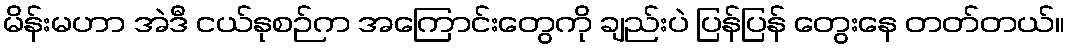
မိန်းမဟာ အဲဒီ ငယ်နုစဉ်က အကြောင်းတွေကို ချည်းပဲ ပြန်ပြန် တွေးနေ တတ်တယ်။